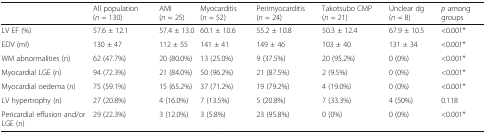
|  | All population (n = 130) | AMI (n = 25) | Myocarditis (n = 52) | Perimyocarditis (n = 24) | Takotsubo CMP (n = 21) | Unclear dg (n = 8) | p among groups |
 | --- | --- | --- | --- | --- | --- | --- | --- |
 | LV EF (%) | 57.6 ± 12.1 | 57.4 ± 13.0 | 60.1 ± 10.6 | 55.2 ± 10.8 | 50.3 ± 12.4 | 67.9 ± 10.5 | <0.001* |
 | EDV (ml) | 130 ± 47 | 112 ± 55 | 141 ± 41 | 149 ± 46 | 103 ± 40 | 131 ± 34 | <0.001* |
 | WM abnormalities (n) | 62 (47.7%) | 20 (80.0%) | 13 (25.0%) | 9 (37.5%) | 20 (95.2%) | 0 (0%) | <0.001* |
 | Myocardial LGE (n) | 94 (72.3%) | 21 (84.0%) | 50 (96.2%) | 21 (87.5%) | 2 (9.5%) | 0 (0%) | <0.001* |
 | Myocardial oedema (n) | 75 (59.1%) | 15 (65.2%) | 37 (71.2%) | 19 (79.2%) | 4 (19.0%) | 0 (0%) | <0.001* |
 | LV hypertrophy (n) | 27 (20.8%) | 4 (16.0%) | 7 (13.5%) | 5 (20.8%) | 7 (33.3%) | 4 (50%) | 0.118 |
 | Pericardial effusion and/or LGE (n) | 29 (22.3%) | 3 (12.0%) | 3 (5.8%) | 23 (95.8%) | 0 (0%) | 0 (0%) | <0.001* |